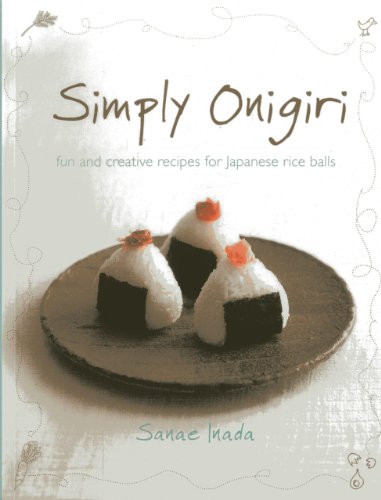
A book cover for Simply Onigiri: Fun And Creative Recipes For Japanese Rice Balls; Sanae Inada; Cookbooks, Food & Wine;